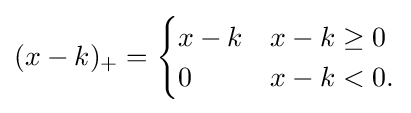
(x-k)_{+}={\begin{cases}x-k&x-k\geq 0\\0&x-k<0.\end{cases}}